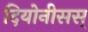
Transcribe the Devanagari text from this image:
दियोनीसस्